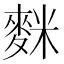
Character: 𪌬